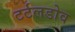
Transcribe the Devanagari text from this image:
टर्टलडोव